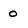
Character: 0